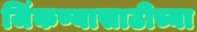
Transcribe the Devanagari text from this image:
जिंकण्यासाठीच्या